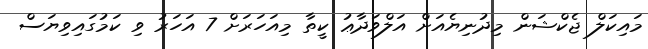
މައިކަލް ޖެކްޝަން މިދުނިޔެއަށް އަލްވަދާޢު ކީތާ މިއަހަރަށް 7 އަހަރު ވި ކަމުގައިވިޔަސް